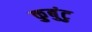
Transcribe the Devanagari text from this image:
कुबुंटु